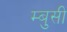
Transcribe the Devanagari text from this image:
म्बुसी